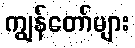
ကျွန်တော်များ